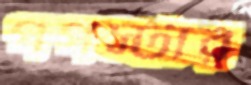
পপস্টার